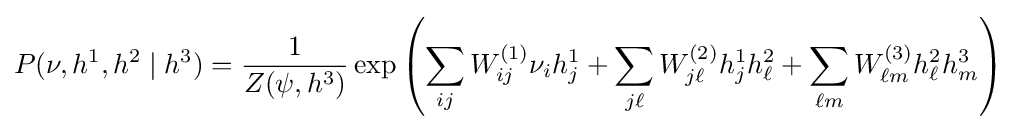
P(\nu ,h^{1},h^{2}\mid h^{3})={\frac {1}{Z(\psi ,h^{3})}}\exp \left(\sum _{ij}W_{ij}^{(1)}\nu _{i}h_{j}^{1}+\sum _{j\ell }W_{j\ell }^{(2)}h_{j}^{1}h_{\ell }^{2}+\sum _{\ell m}W_{\ell m}^{(3)}h_{\ell }^{2}h_{m}^{3}\right)